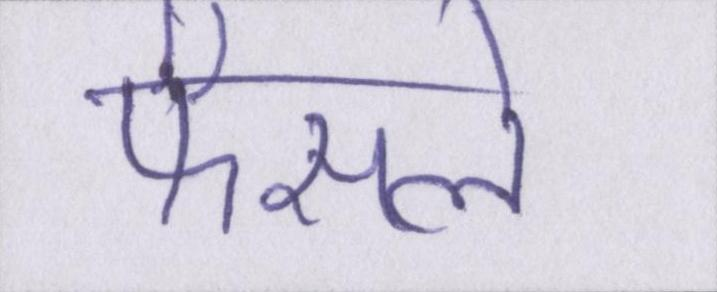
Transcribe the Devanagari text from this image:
फैसले